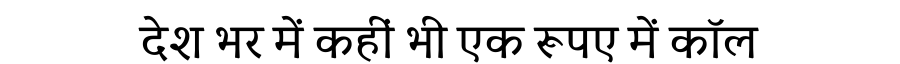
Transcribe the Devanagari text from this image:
देश भर में कहीं भी एक रूपए में कॉल